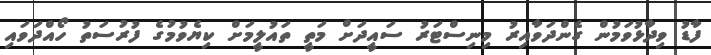
ފާޑު ވިދާޅުވަމުން ގެންދަވާއިރު މިނިސްޓަރު ސައީދަށް މަތީ ތައުލީމަށް ކިޔެވުމުގެ ފުރުސަތު ހޯއްދަވައި